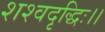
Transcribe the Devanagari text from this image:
शश्वदृद्धिः।।